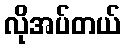
လိုအပ်တယ်